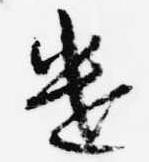
遣